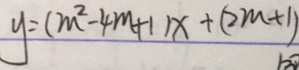
y = ( m ^ { 2 } - 4 m + 1 ) x + ( 2 m + 1 )